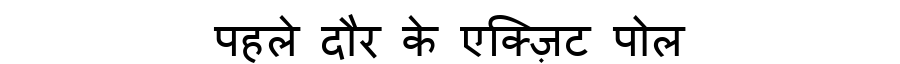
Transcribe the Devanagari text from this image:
पहले दौर के एक्ज़िट पोल